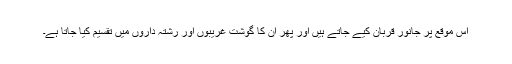
اس موقع پر جانور قربان کیے جاتے ہيں اور پھر ان کا گوشت غریبوں اور رشتہ داروں ميں تقسیم کيا جاتا ہے۔